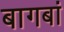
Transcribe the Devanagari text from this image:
बागबां